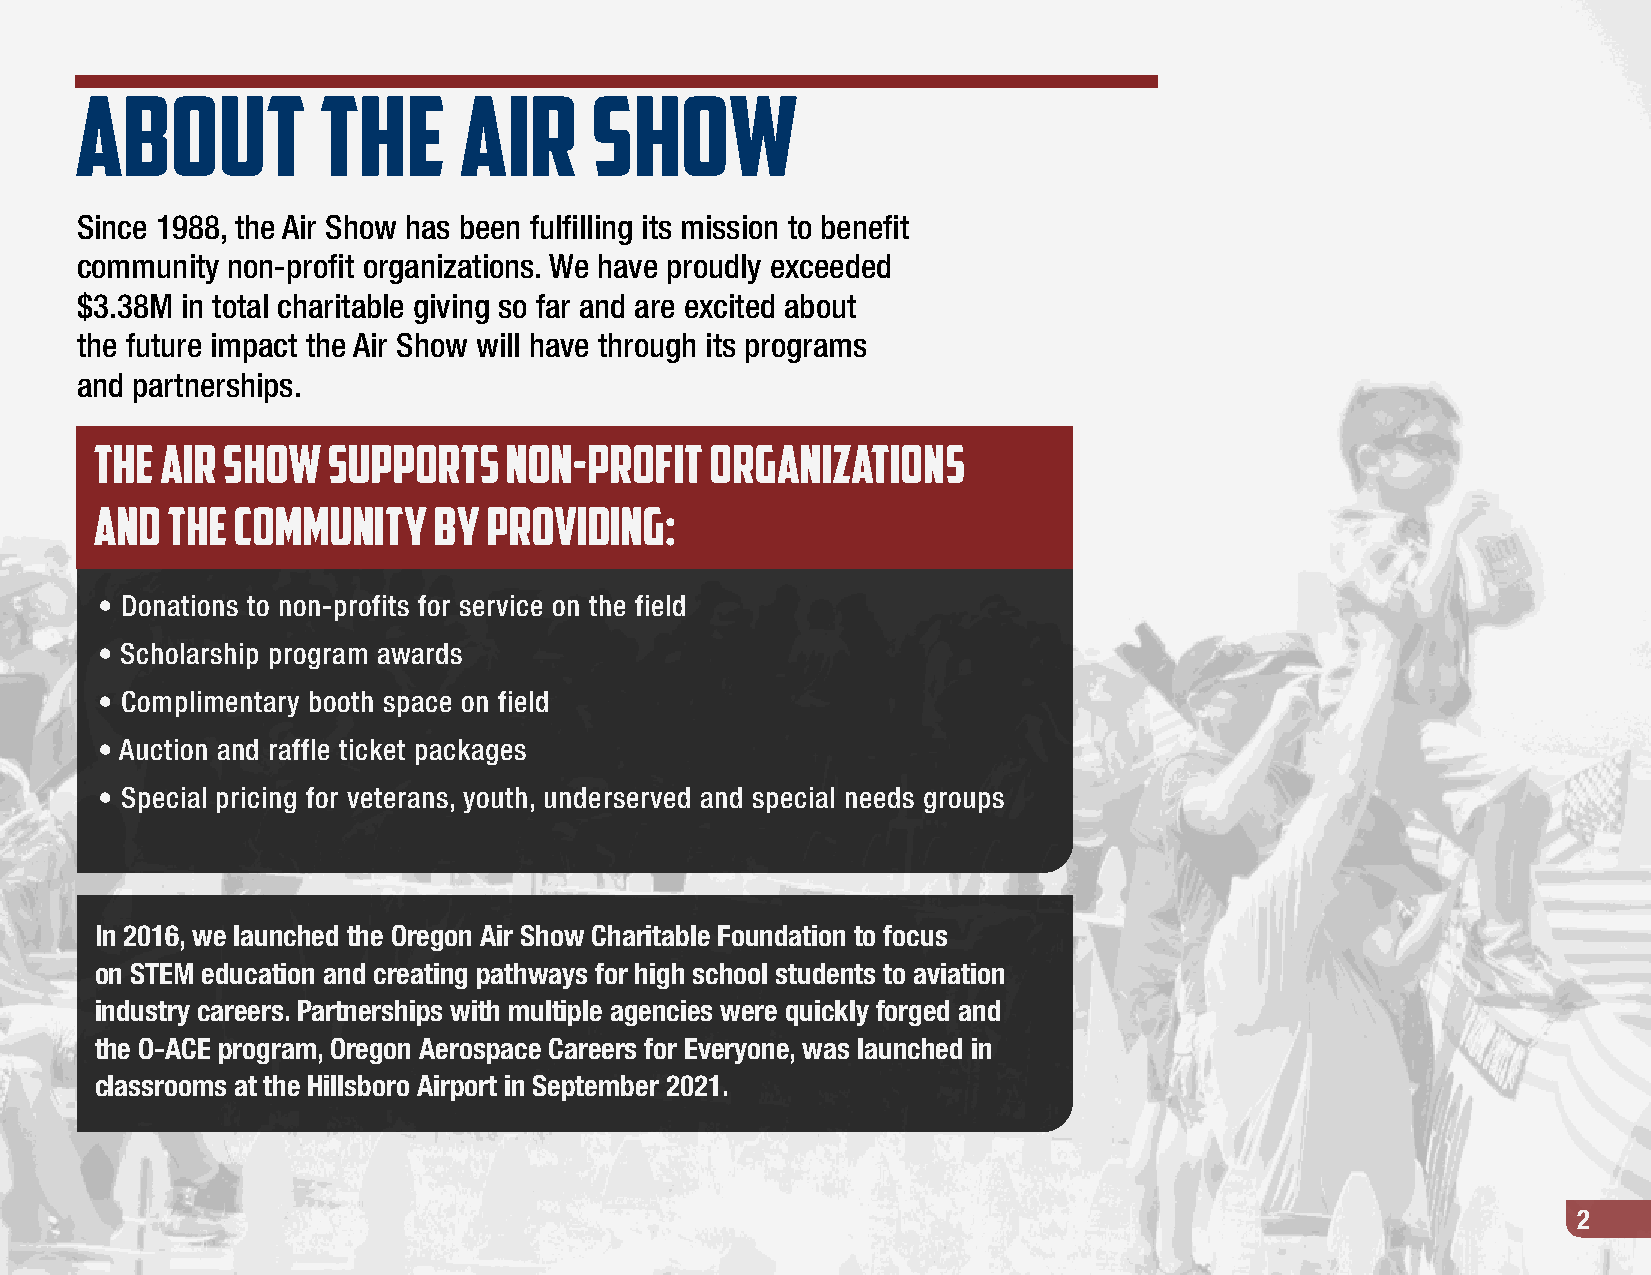
About           the      Air      Show
 Since 1988, the Air Show has been fulfilling its mission to benefit
 community non-profit organizations. We have proudly exceeded
 $3.38M in total charitable giving so far and are excited about
 the future impact the Air Show will have through its programs
 and partnerships.
 THe  air show   supports   non-profit    organizations
 and  the community     BY providing:
 • Donations to non-profits for service on the field
 • Scholarship program awards
 • Complimentary booth space on field
 • Auction and raffle ticket packages
 • Special pricing for veterans, youth, underserved and special needs groups
 In 2016, we launched the Oregon Air Show Charitable Foundation to focus
 on STEM education and creating pathways for high school students to aviation
 industry careers. Partnerships with multiple agencies were quickly forged and
 the O-ACE program, Oregon Aerospace Careers for Everyone, was launched in
 classrooms at the Hillsboro Airport in September 2021.
 2